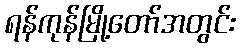
ရန်ကုန်မြို့တော်အတွင်း